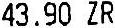
43.90 ZR